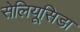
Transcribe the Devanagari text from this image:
सेलियूसिडा